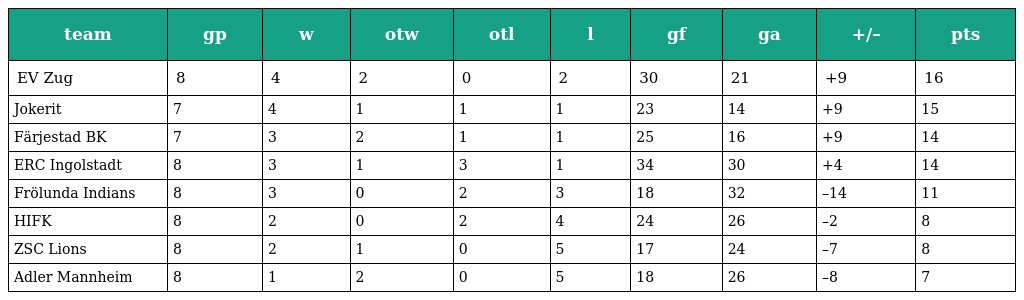
| team | gp | w | otw | otl | l | gf | ga | +/– | pts |
 | --- | --- | --- | --- | --- | --- | --- | --- | --- | --- |
 | EV Zug | 8 | 4 | 2 | 0 | 2 | 30 | 21 | +9 | 16 |
 | Jokerit | 7 | 4 | 1 | 1 | 1 | 23 | 14 | +9 | 15 |
 | Färjestad BK | 7 | 3 | 2 | 1 | 1 | 25 | 16 | +9 | 14 |
 | ERC Ingolstadt | 8 | 3 | 1 | 3 | 1 | 34 | 30 | +4 | 14 |
 | Frölunda Indians | 8 | 3 | 0 | 2 | 3 | 18 | 32 | –14 | 11 |
 | HIFK | 8 | 2 | 0 | 2 | 4 | 24 | 26 | –2 | 8 |
 | ZSC Lions | 8 | 2 | 1 | 0 | 5 | 17 | 24 | –7 | 8 |
 | Adler Mannheim | 8 | 1 | 2 | 0 | 5 | 18 | 26 | –8 | 7 |